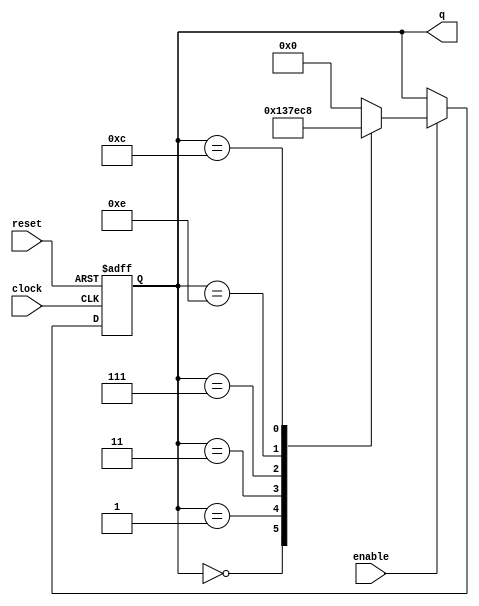
module Johnson_Counter_with_Enable(
    input clock,
    input reset,
    input enable,
    output reg [3:0] q
);

reg [3:0] q_next;

always @ (posedge clock or posedge reset) begin
    if (reset) begin
        q <= 4'b0000;
    end else begin
        if (enable) begin
            q <= q_next;
        end
    end
end

always @* begin
    case (q)
        4'b0000: q_next = 4'b0001;
        4'b0001: q_next = 4'b0011;
        4'b0011: q_next = 4'b0111;
        4'b0111: q_next = 4'b1110;
        4'b1110: q_next = 4'b1100;
        4'b1100: q_next = 4'b1000;
        4'b1000: q_next = 4'b0000;
        default: q_next = 4'b0000;
    endcase
end

endmodule